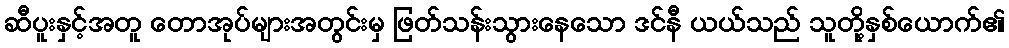
ဆီပူးနှင့်အတူ တောအုပ်များအတွင်းမှ ဖြတ်သန်းသွားနေသော ဒင်နီ ယယ်သည် သူတို့နှစ်ယောက်၏